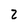
Character: 2